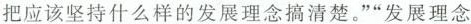
把应该坚持什么样的发展理念搞清楚。”“发展理念